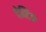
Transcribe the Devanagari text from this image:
पेक्टिक